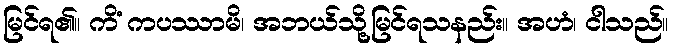
မြင်ရ၏။ ကိံ ကပဿာမိ၊ အဘယ်သို့မြင်ရသနည်း။ အဟံ၊ ငါသည်။